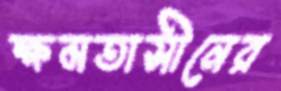
ক্ষমতাসীনের